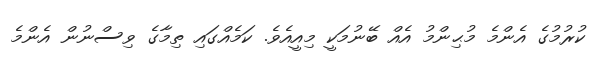
ކުރުމުގެ އެންމެ މުޙިންމު އެއް ބޭނުމަކީ މިއީއެވެ. ކަމެއްގައި ތިމާގެ ވިސްނުން އެންމެ